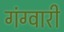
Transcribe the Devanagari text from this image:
गंग्वारी